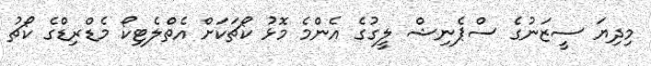
މިދިޔަ ސީޒަނުގެ ސްޕެނިޝް ލީގުގެ އެންމެ މޮޅު ކޯޗަކަށް އެތްލެޓިކޯ މެޑްރިޑްގެ ކޯޗު